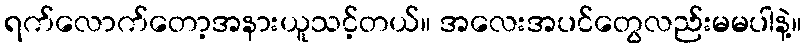
ရက်လောက်တော့အနားယူသင့်တယ်။ အလေးအပင်တွေလည်းမမပါနဲ့။